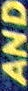
AND